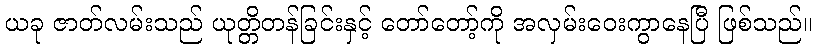
ယခု ဇာတ်လမ်းသည် ယုတ္တိတန်ခြင်းနှင့် တော်တော့်ကို အလှမ်းဝေးကွာနေပြီ ဖြစ်သည်။